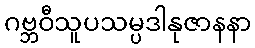
ဂဗ္ဘဝီသူပသမ္ပဒါနုဇာနနာ